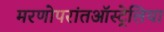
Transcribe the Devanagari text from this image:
मरणोपरांतऑस्ट्रेलिया